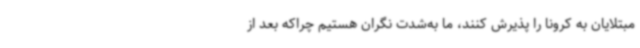
مبتلایان به کرونا را پذیرش کنند، ما به‌شدت نگران هستیم چراکه بعد از